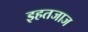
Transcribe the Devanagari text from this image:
इहतजाज